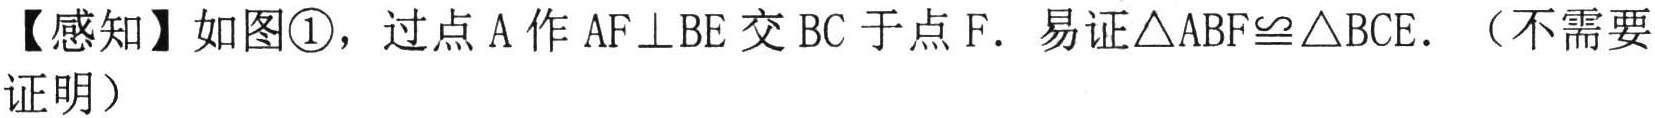
【感知】如图\textcircled{1}，过点 A 作 AF⊥BE 交 BC 于点 F．易证△ABF≌△BCE．（不需要证明）